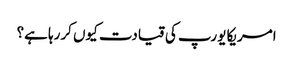
امریکا یورپ کی قیادت کیوں کررہا ہے؟